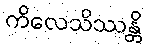
ကိလေသိဿန္တိ